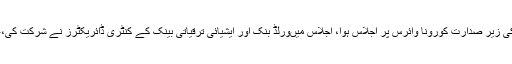
بدھ کووزارت منصوبہ بندی میں چیئرمین پلاننگ کمیشن جہانزیب خان کی زیرِ صدارت کورونا وائرس پر اجلاس ہوا، اجلاس میںورلڈ بنک اور ایشیائی ترقیاتی بینک کے کنٹری ڈائریکٹرز نے شرکت کی،عالمی اقتصادی ادارے مجموعی طور پر 588 ملین ڈالر فراہم کریں گے۔